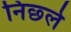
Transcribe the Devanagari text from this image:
निछ्ले